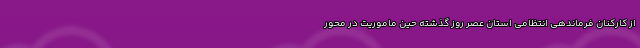
از کارکنان فرماندهی انتظامی استان عصر روز گذشته حین ماموریت در محور